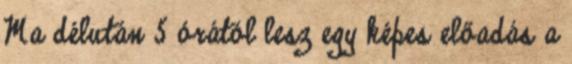
Ma délután 5 órától lesz egy képes előadás a